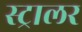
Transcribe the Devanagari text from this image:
स्ट्रालर